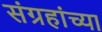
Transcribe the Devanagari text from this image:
संग्रहांच्या